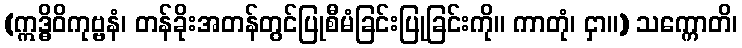
(ဣဒ္ဓိဝိကုဗ္ဗနံ၊ တန်ခိုးအတန်တွင်ပြုစီမံခြင်းပြုခြင်းကို။ ကာတုံ၊ ငှာ။) သက္ကောတိ၊